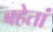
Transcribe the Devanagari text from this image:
बहेतां